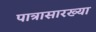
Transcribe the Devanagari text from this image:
पात्रासारख्या